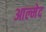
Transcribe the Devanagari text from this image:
आल्मेद